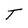
Character: T